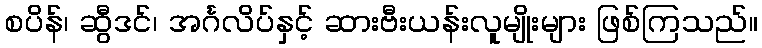
စပိန်၊ ဆွီဒင်၊ အင်္ဂလိပ်နှင့် ဆားဗီးယန်းလူမျိုးများ ဖြစ်ကြသည်။